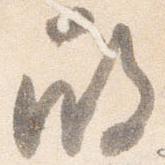
殿